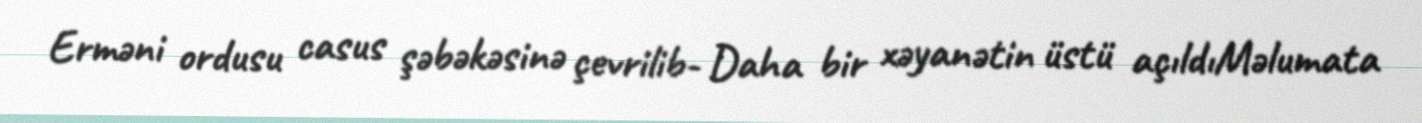
Erməni ordusu casus şəbəkəsinə çevrilib- Daha bir xəyanətin üstü açıldıMəlumata